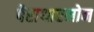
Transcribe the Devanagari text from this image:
पैराथारमोन